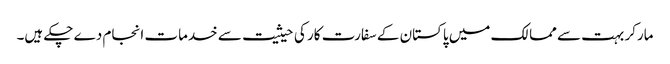
مارکر بہت سے ممالک میں پاکستان کے سفارت کار کی حیثیت سے خدمات انجام دے چکے ہیں۔